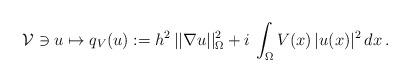
LaTeX: \begin{align*}\mathcal V\ni u \mapsto q_V(u) := h^2\, || \nabla u||^2_{ \Omega} + i\, \int_{ \Omega} V(x)\, | u(x) |^2 \, dx \,.\end{align*}